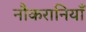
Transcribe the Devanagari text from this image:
नौकरानियाँ